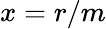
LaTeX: x=r/m